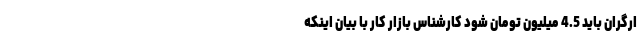
ارگران باید 4.5 میلیون تومان شود کارشناس بازار کار با بیان اینکه